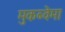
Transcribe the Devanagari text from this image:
मुकब्वेमा